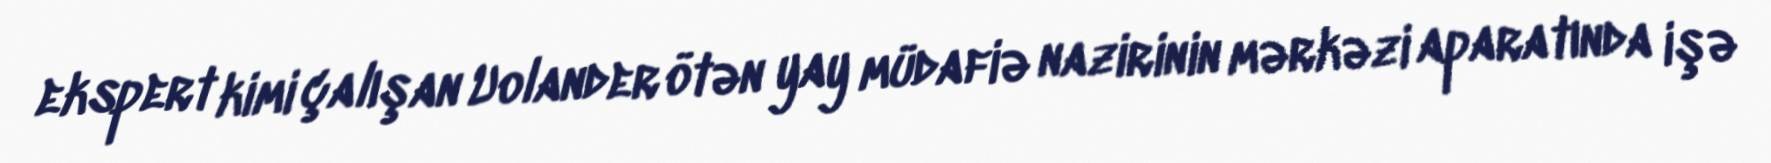
ekspert kimi çalışan Uolander ötən yay müdafiə nazirinin mərkəzi aparatında işə